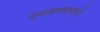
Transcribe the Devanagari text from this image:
एमएसएफचे